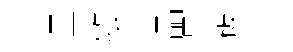
呈敦乎品昱破